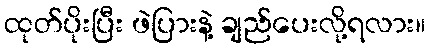
ထုတ်ပိုးပြီး ဖဲပြားနဲ့ ချည်ပေးလို့ရလား။